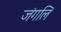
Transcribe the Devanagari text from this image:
जंगलि